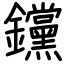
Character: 钂